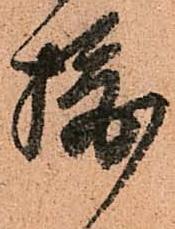
摂